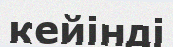
кейінді